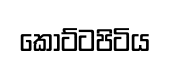
කෝට්ටපිටිය